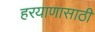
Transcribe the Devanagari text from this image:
हरयाणासाठी